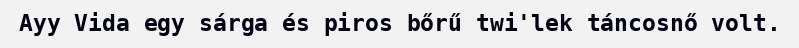
Ayy Vida egy sárga és piros bőrű twi'lek táncosnő volt.